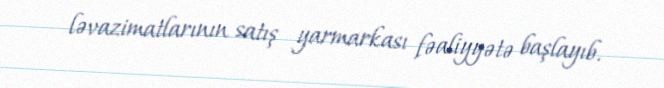
ləvazimatlarının satış yarmarkası fəaliyyətə başlayıb.